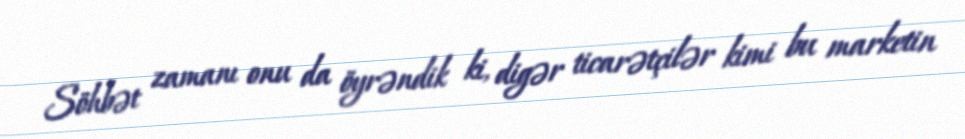
Söhbət zamanı onu da öyrəndik ki, digər ticarətçilər kimi bu marketin